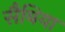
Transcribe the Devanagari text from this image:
सैबिया